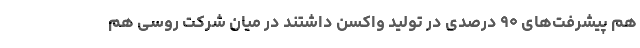
هم پیشرفت‌های ۹۰ درصدی در تولید واکسن داشتند در میان شرکت روسی هم